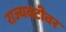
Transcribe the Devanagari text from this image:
राज्यवटीवर